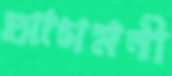
আগমনী